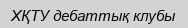
ХҚТУ дебаттық клубы